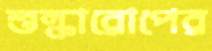
শুল্কারোপের